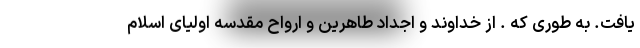
یافت. به طوری که . از خداوند و اجداد طاهرین و ارواح مقدسه اولیای اسلام